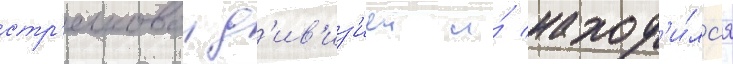
стр'елковои д'ив'из'иеи и́ наход'и́лс'я